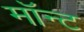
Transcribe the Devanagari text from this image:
मॉन्ट